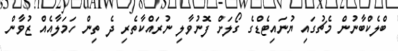
ބްލެކްބާނުން މެޗުގައި ޔުނައިޓެޑްގެ ގޯލަށް ފޮނުވާލި ނުރައްކާތެރި ދެ ތިން ހަމަލާއެއް ޒުވާން